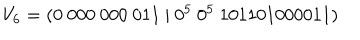
V _ { 6 } = ( 0 \ 0 0 0 \ 0 0 0 \ 0 1 1 \ | \ 0 ^ { 5 } \ 0 ^ { 5 } \ 1 0 1 1 0 1 0 0 0 0 1 1 )